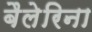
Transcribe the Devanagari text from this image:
बैलेरिना